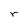
Character: r